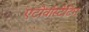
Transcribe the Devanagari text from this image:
एटोर्वास्टेटिन